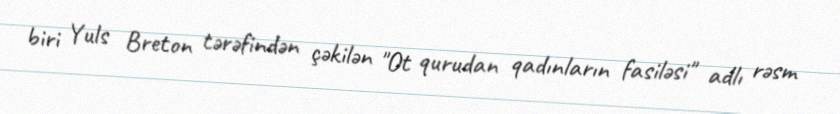
biri Yuls Breton tərəfindən çəkilən "Ot qurudan qadınların fasiləsi" adlı rəsm